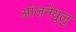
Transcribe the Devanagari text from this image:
आंजनेयुलु